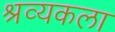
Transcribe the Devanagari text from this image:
श्रव्यकला